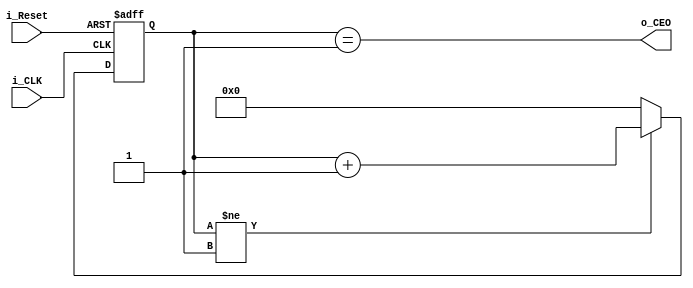
`timescale 1ns / 1ps

//////////////////////////////////////////////////////////////////////////////////
// Modul prescalera.
//
// Opis:
// Prescaler generuje 10 ns impulsy z zadana czestotliwoscia.
// Domyslnie prescaler generuje impulsy z czestotliwoscia 1 s.
//////////////////////////////////////////////////////////////////////////////////
module Prescaler(i_CLK, i_Reset, o_CEO);
parameter B = 27;
parameter Hz = 1;
input i_CLK, i_Reset;
output o_CEO;
    reg [(B-1):0] Q;
    reg MCV = (1e08 / Hz) - 1;

    always @(posedge i_CLK or posedge i_Reset)
        if(i_Reset)
            Q <= {(B-1){1'b0}};
        else begin
                if(Q != MCV)
                    Q <= Q + 1;
                else
                    Q <= {(B-1){1'b0}};
        end
    assign o_CEO = (Q == MCV );
endmodule